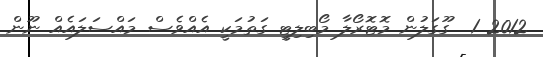
2012 1  ގޫގަލުން މޮޓޮރޯލާ މޯބިލިޓީ ގަތުމަކީ އެއްވެސް މައްސަލައެއް ނޫން